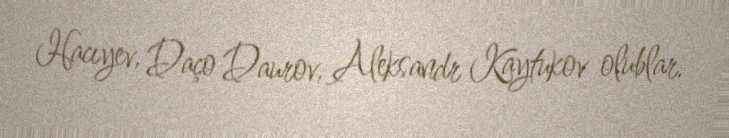
Hacıyev, Daço Daurov, Aleksandr Kaytukov olublar.